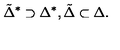
{ \tilde { \Delta } } ^ { * } \supset { { \Delta } ^ { * } } , { \tilde { \Delta } } \subset { \Delta } .